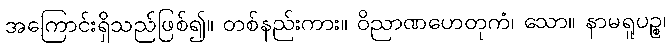
အကြောင်းရှိသည်ဖြစ်၍။ တစ်နည်းကား။ ဝိညာဏဟေတုကံ၊ သော။ နာမရူပဉ္စ၊